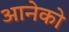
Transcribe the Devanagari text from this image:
आनेको